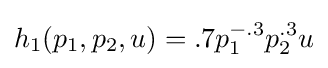
h_{1}(p_{1},p_{2},u)=.7p_{1}^{-.3}p_{2}^{.3}u